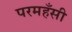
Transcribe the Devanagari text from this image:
परमहँसी